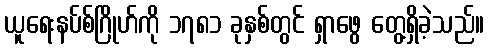
ယူရေးနပ်စ်ဂြိုဟ်ကို ၁၇၈၁ ခုနှစ်တွင် ရှာဖွေ တွေ့ရှိခဲ့သည်။